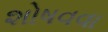
શોષવવા